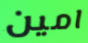
امين